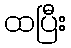
ထပြီး